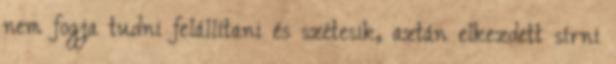
nem fogja tudni felállítani és szétesik, aztán elkezdett sírni